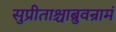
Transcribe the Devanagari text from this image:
सुप्रीताश्चाब्रुवन्रामं